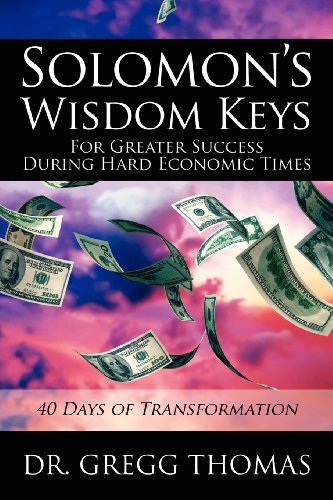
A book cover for Solomon's Wisdom Keys For Greater Success During Hard Economic Times: 40 Days of Transformation; Dr Gregg Thomas; Religion & Spirituality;